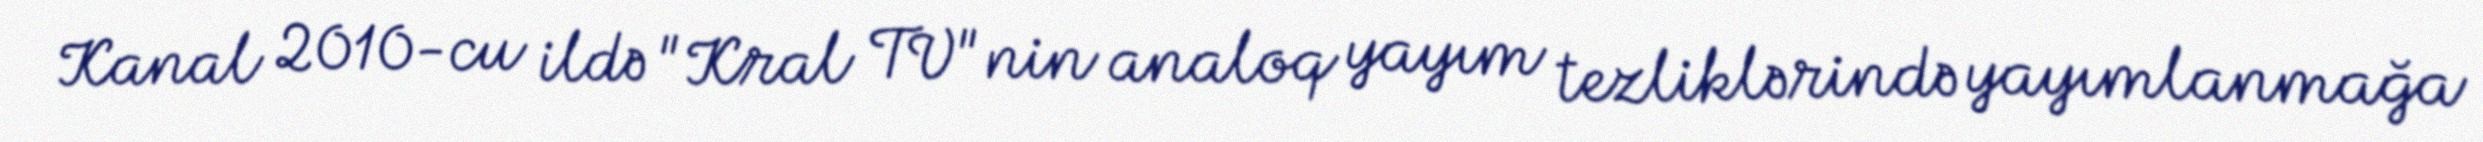
Kanal 2010-cu ildə "Kral TV"nin analoq yayım tezliklərində yayımlanmağa